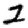
Digit: 2